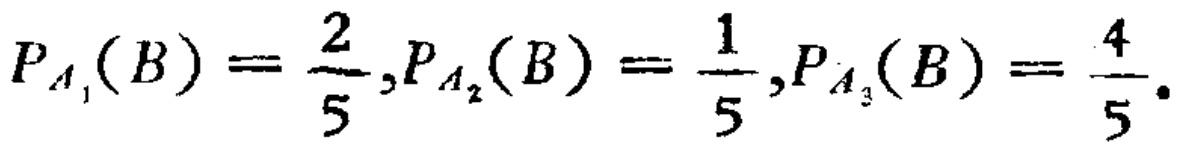
由此，我们猜测应存在不等式